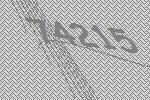
74215